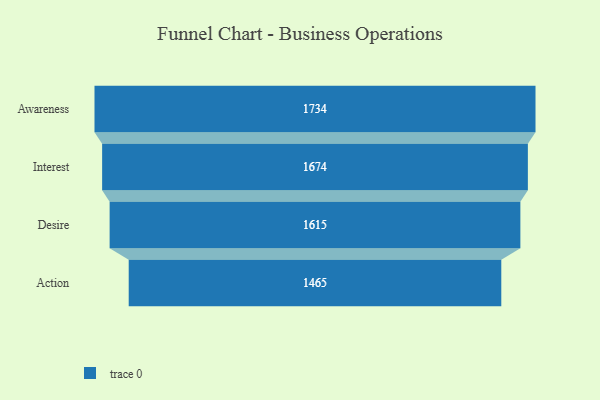
{"axis": {"x": "Stage", "y": "Value"}, "legend": [""], "data": [{"x": "Awareness", "y": 1734.0, "type": ""}, {"x": "Interest", "y": 1674.0, "type": ""}, {"x": "Desire", "y": 1615.0, "type": ""}, {"x": "Action", "y": 1465.0, "type": ""}]}